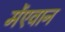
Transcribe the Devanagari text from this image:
मेंएवान